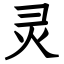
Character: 灵